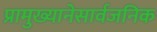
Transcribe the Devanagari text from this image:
प्रामुख्यानेसार्वजनिक